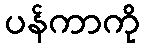
ပန်ကာကို